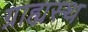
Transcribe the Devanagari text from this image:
ग्राह्यस्थ